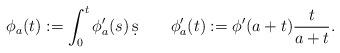
LaTeX: \begin{align*} \phi_a(t):= \int _0^t \phi_a'(s)\, \d s\qquad \phi'_a(t):=\phi'(a+t)\frac {t}{a+t}.\end{align*}